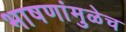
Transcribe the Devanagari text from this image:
भाषणांमुळेच